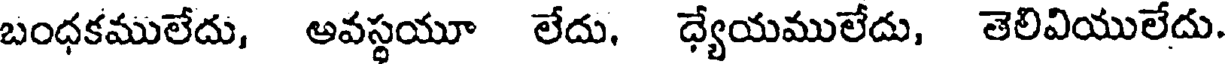
బంధకములేదు, అవస్థయూ లేదు, ధ్యేయములేదు, తెలివియులేదు.